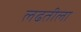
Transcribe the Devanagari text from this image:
लढतीला